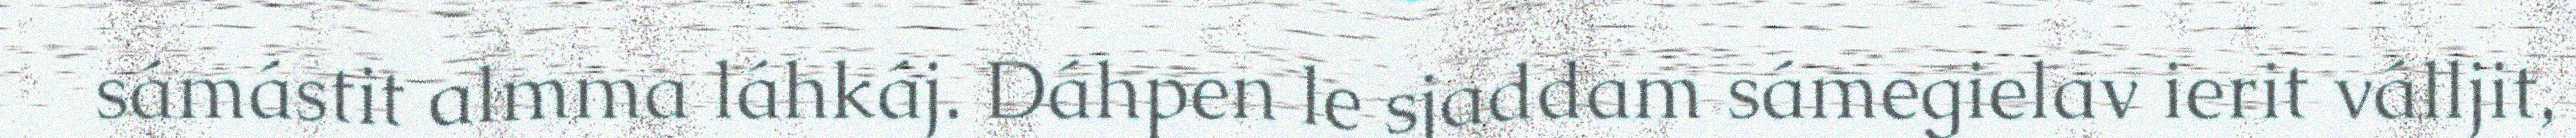
sámástit almma láhkáj. Dáhpen le sjaddam sámegielav ierit válljit,